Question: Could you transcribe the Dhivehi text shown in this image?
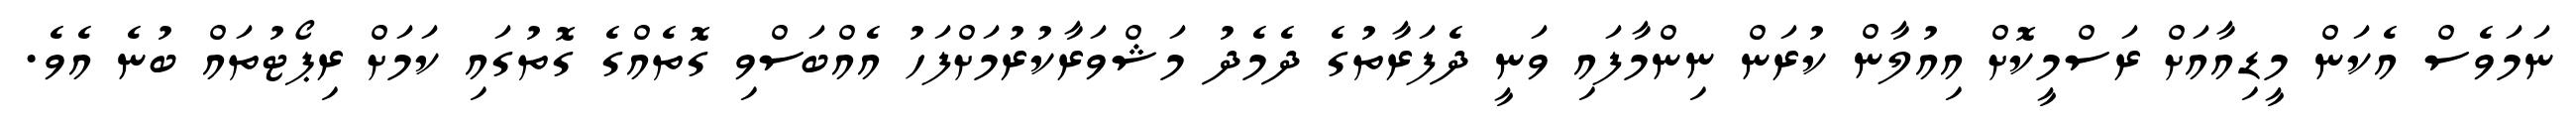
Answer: ނަމަވެސް އެކަން މީޑިއާއަށް ރަސްމީކޮށް އިއުލާން ކުރަން ނިންމާފައި ވަނީ ދެފަރާތުގެ ދެމެދު މަޝްވަރާކުރުމަށްފަހު އެއްބަސްވި ގޮތެއްގެ ގޮތުގައި ކަމަށް ރިޕޯޓުތައް ބުނެ އެވެ.